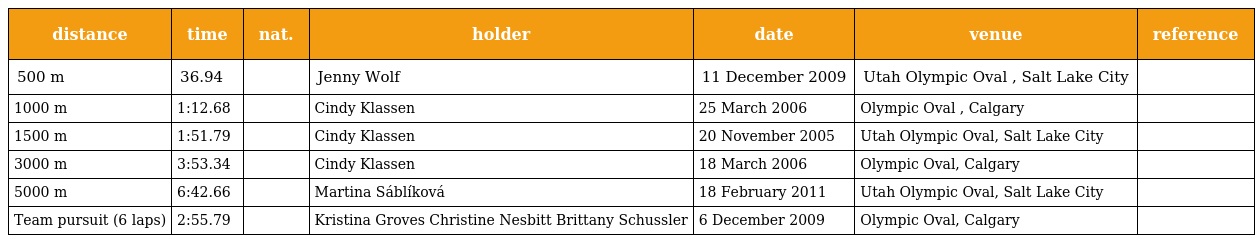
| distance | time | nat. | holder | date | venue | reference |
 | --- | --- | --- | --- | --- | --- | --- |
 | 500 m | 36.94 |  | Jenny Wolf | 11 December 2009 | Utah Olympic Oval , Salt Lake City |  |
 | 1000 m | 1:12.68 |  | Cindy Klassen | 25 March 2006 | Olympic Oval , Calgary |  |
 | 1500 m | 1:51.79 |  | Cindy Klassen | 20 November 2005 | Utah Olympic Oval, Salt Lake City |  |
 | 3000 m | 3:53.34 |  | Cindy Klassen | 18 March 2006 | Olympic Oval, Calgary |  |
 | 5000 m | 6:42.66 |  | Martina Sáblíková | 18 February 2011 | Utah Olympic Oval, Salt Lake City |  |
 | Team pursuit (6 laps) | 2:55.79 |  | Kristina Groves Christine Nesbitt Brittany Schussler | 6 December 2009 | Olympic Oval, Calgary |  |